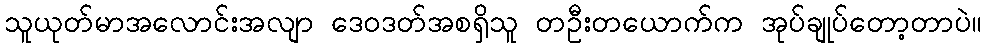
သူယုတ်မာအလောင်းအလျာ ဒေဝဒတ်အစရှိသူ တဦးတယောက်က အုပ်ချုပ်တော့တာပဲ။